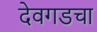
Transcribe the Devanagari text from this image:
देवगडचा